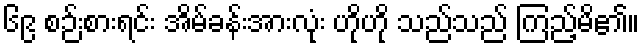
၆၉ စဉ်းစားရင်း အိမ်ခန်းအားလုံး ဟိုဟို သည်သည် ကြည့်မိ၏။